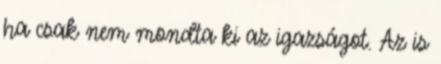
ha csak nem mondta ki az igazságot. Az is